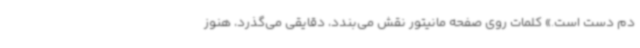
دم دست است.» کلمات روی صفحه مانیتور نقش می‌بندد، دقایقی می‌گذرد، هنوز